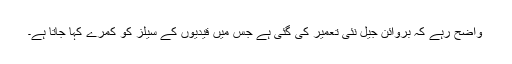
واضح رہے کہ بروائن جیل نئی تعمیر کی گئی ہے جس میں قیدیوں کے سیلز کو کمرے کہا جاتا ہے۔